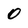
Character: 0